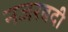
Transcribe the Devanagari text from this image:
नजरबदी